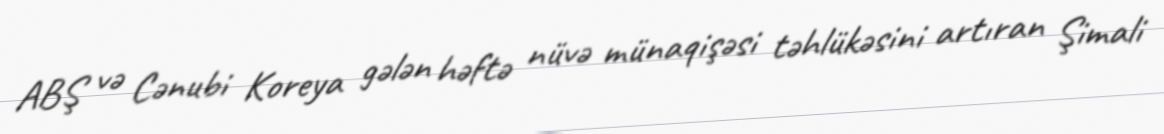
ABŞ və Cənubi Koreya gələn həftə nüvə münaqişəsi təhlükəsini artıran Şimali